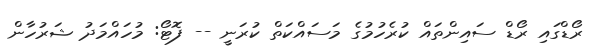
ރޯޑްގައި ރޯޑް ސައިންތައް ކުރެހުމުގެ މަސައްކަތް ކުރަނީ -- ފޮޓޯ: މުހައްމަދު ޝަރުހާން